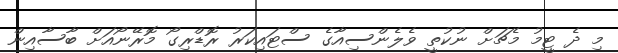
މި ދެ ޓީމު މެޗަށް ނުކުތީ ވެލެންސިއާގެ ސްޓައިކަރު ރޮޑްރިގޯ މޮރޭނޯއަށް ބާސާއިން